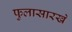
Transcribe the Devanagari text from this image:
फुलासारखे